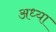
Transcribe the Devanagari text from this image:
अध्या